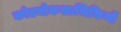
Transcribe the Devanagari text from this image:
कोएनोकशाभिकियों